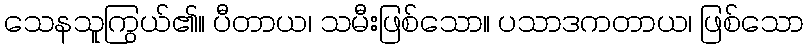
သေနသူကြွယ်၏။ ပီတာယ၊ သမီးဖြစ်သော။ ပသာဒကတာယ၊ ဖြစ်သော